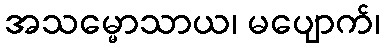
အသမ္မောသာယ၊ မပျောက်၊